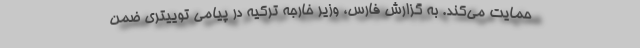
حمایت می‌کند. به گزارش فارس، وزیر خارجه ترکیه در پیامی توییتری ضمن